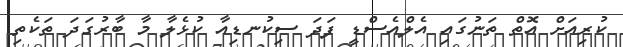
ކުރިއަށް އޮތް ތަނުގައި އެލްއެސްޑީ ފަދަ ސިކުނޑިއާ ކުޅެލާ މާ ބާރުގަދަ ތަކެތި